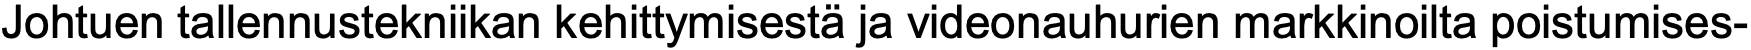
Johtuen tallennustekniikan kehittymisestä ja videonauhurien markkinoilta poistumises-